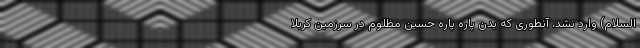
السلام) وارد نشد، آنطوری که بدن پاره پاره حسین مظلوم در سرزمین کربلا